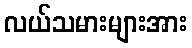
လယ်သမားများအား